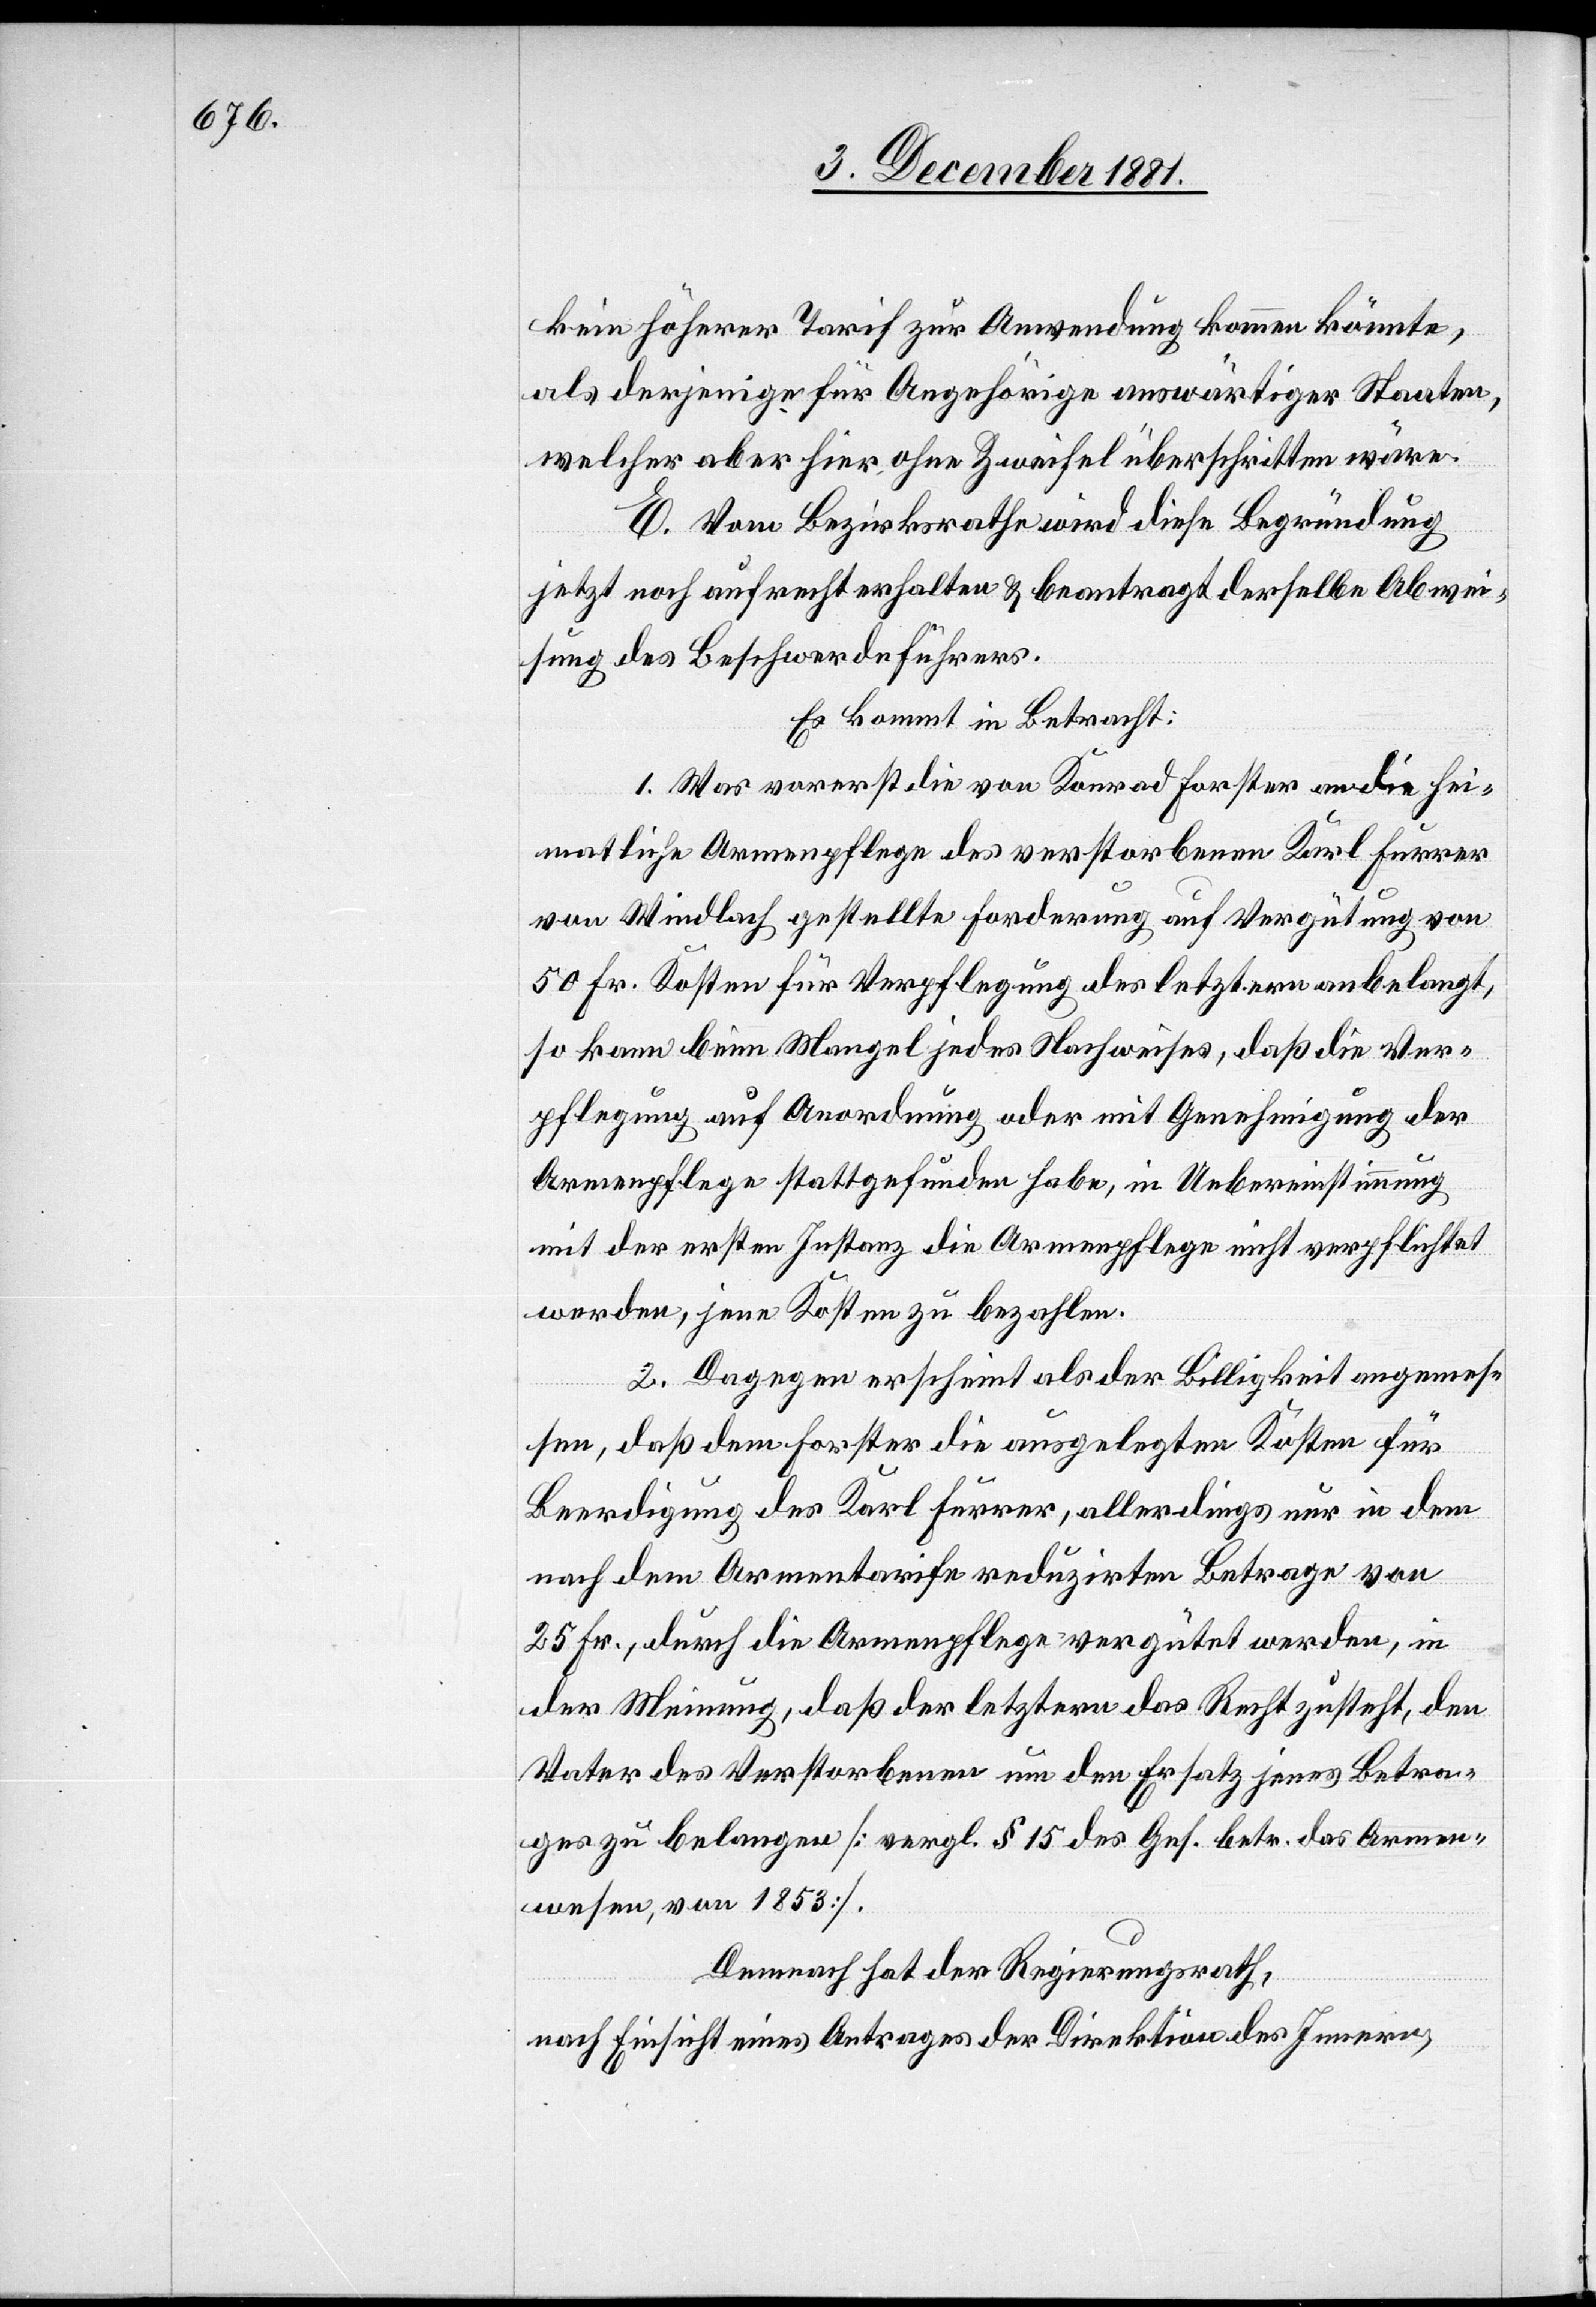
kein höherer Tarif zur Anwendung kommen könnte,
als derjenige für Angehörige auswärtiger Staaten,
welcher aber hier ohne Zweifel überschritten wäre.
E. Vom Bezirksrathe wird diese Begründung
jetzt noch aufrecht erhalten & beantragt derselbe Abwei¬
sung des Beschwerdeführers.
Es kommt in Betracht:
1. Was vorerst die von Konrad Forster an die hei¬
matliche Armenpflege des verstorbenen Karl Furrer
von Windlach gestellte Forderung auf Vergütung von
50 Fr. Kosten für Verpflegung des letztern anbelangt,
so kann beim Mangel jedes Nachweises, daß die Ver¬
pflegung auf Anordnung oder mit Genehmigung der
Armenpflege stattgefunden habe, in Uebereinstimmung
mit der ersten Instanz die Armenpflege nicht verpflichtet
werden, jene Kosten zu bezahlen.
2. Dagegen erscheint als der Billigkeit angemes¬
sen, daß dem Forster die ausgelegten Kosten für
Beerdigung des Karl Furrer, allerdings nur in dem
nach dem Armentarife reduzirten Betrage von
25 Fr., durch die Armenpflege vergütet werden, in
der Meinung, daß der letztern das Recht zusteht, den
Vater des Verstorbenen um den Ersatz jenes Betra¬
ges zu belangen [vergl. § 15 des Ges. betr. das Armen¬
wesen, von 1853].
Demnach hat der Regierungsrath,
nach Einsicht eines Antrages der Direktion des Innern,